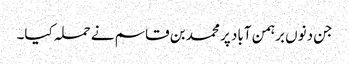
جن دنوں برہمن آباد پر محمد بن قاسم نے حملہ کیا۔